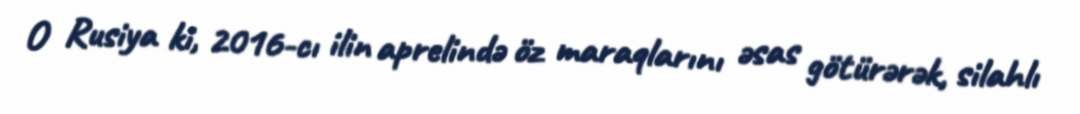
O Rusiya ki, 2016-cı ilin aprelində öz maraqlarını əsas götürərək, silahlı